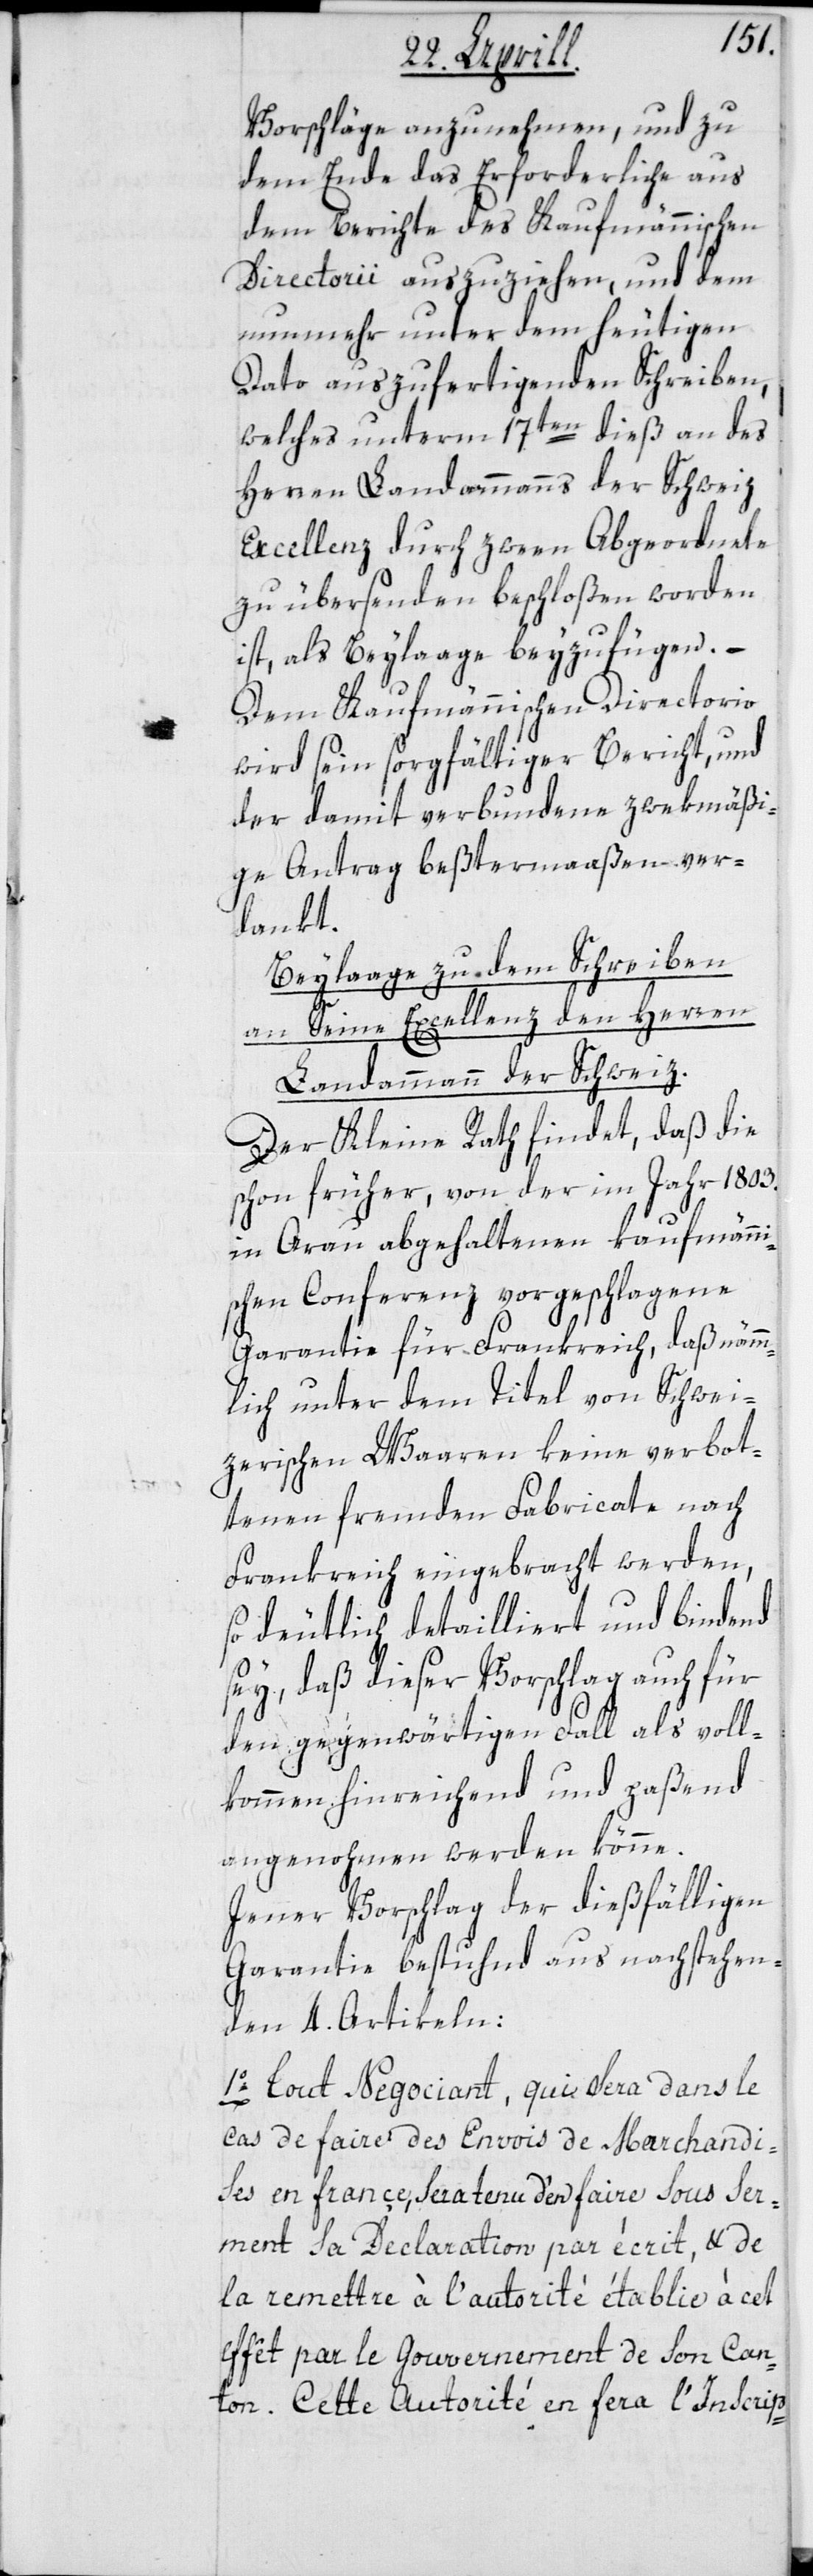
Vorschläge anzunehmen, und zu
dem Ende das Erforderliche aus
dem Berichte des Kaufmännischen
Directorii auszuziehen, und dem
nunmehr unter dem heutigen
Dato auszufertigenden Schreiben,
welches unterm 17ten dieß an des
Herren Landammanns der Schweiz
Excellenz durch zween Abgeordnete
zu übersenden beschloßen worden
ist, als Beylaage beyzufügen.
Dem Kaufmännischen Directorio
wird sein sorgfältiger Bericht und
der damit verbundene zwekmäßi¬
ge Antrag beßtermaaßen ver¬
dankt.
Beylage zu dem Schreiben
an Seine Excellenz den Herren
Landammann der Schweiz.
Der Kleine Rath findet, daß die
schon früher, von der im Jahr 1803.
in Arau abgehaltenen kaufmänni¬
schen Conferenz vorgeschlagene
Garantie für Frankreich, daß nämm¬
lich unter dem Titel von Schwei¬
zerischen Waaren keine verbot¬
tenen fremden Fabricate nach
Frankreich eingebracht werden,
so deutlich detailliert und bindend
sey, daß dieser Vorschlag auch für
den gegenwärtigen Fall als voll¬
kommen hinreichend und paßend
angenohmen werden könne.
Jener Vorschlag der dießfälligen
Garantie bestuhnd aus nachstehen¬
den 4. Artikeln:
1o. Tout Negociant, qui sera dans le
cas de faire des Envois de Marchandi¬
ses en Françe, sera tenu d’en faire sous Ser¬
ment sa Declaration par écrit, & de
la remettre à l’autorité établie à cet
effêt par le Gouvernement de son Can¬
ton. Cette Autorité en fera l’Inscrip-